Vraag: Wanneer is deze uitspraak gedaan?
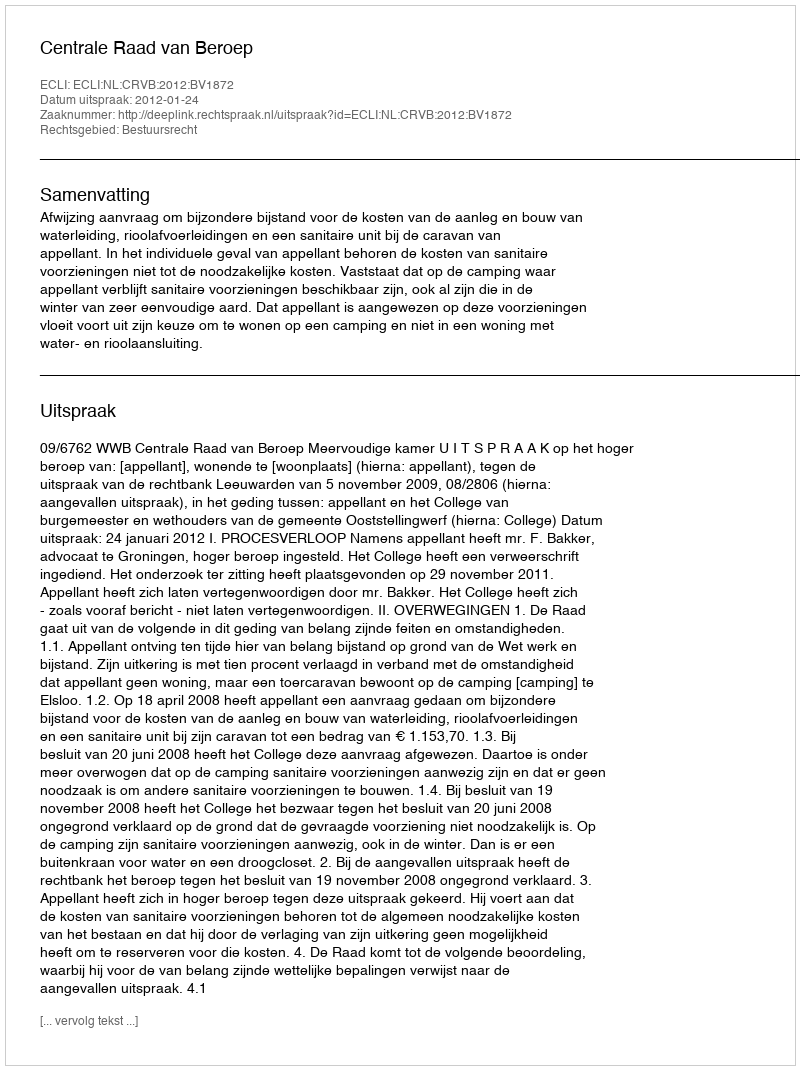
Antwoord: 2012-01-24